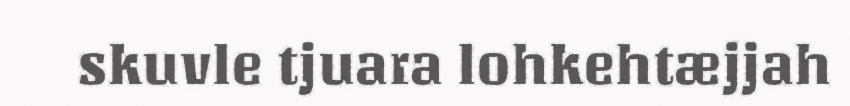
skuvle tjuara lohkehtæjjah